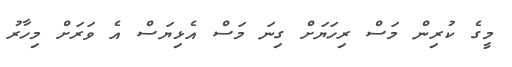
މީގެ ކުރިން މަސް ރިހަޔަށް ގިނަ މަސް އެޅިޔަސް އެ ވަރަށް މިހާރު